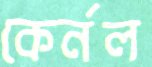
কের্নল